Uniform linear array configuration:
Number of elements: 24
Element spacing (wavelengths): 0.75
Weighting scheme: hamming
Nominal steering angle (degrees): -30
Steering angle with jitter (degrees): -28.238
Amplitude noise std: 0.05
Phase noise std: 0.05

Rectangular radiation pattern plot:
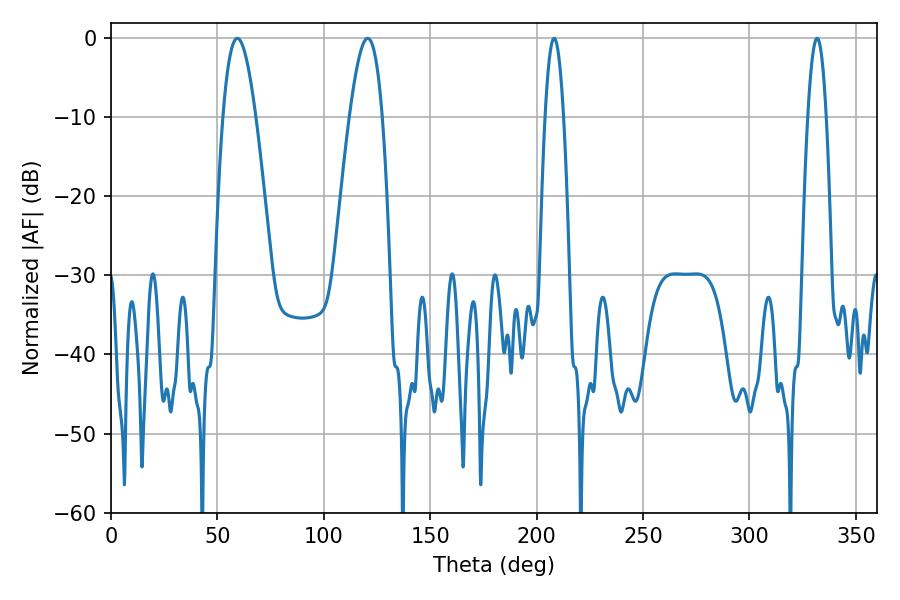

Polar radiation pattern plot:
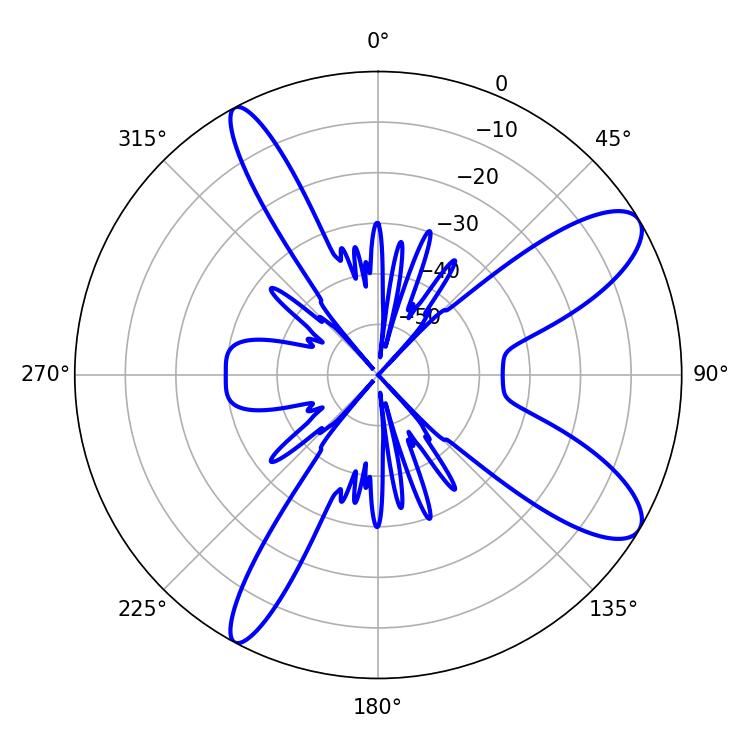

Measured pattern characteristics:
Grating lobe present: TRUE
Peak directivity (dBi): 10.245
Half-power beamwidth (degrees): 8.46
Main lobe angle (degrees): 59.4